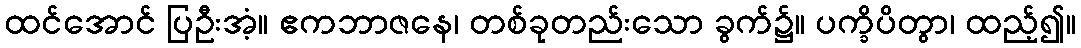
ထင်အောင် ပြဦးအံ့။ ဧကဘာဇနေ၊ တစ်ခုတည်းသော ခွက်၌။ ပက္ခိပိတွာ၊ ထည့်၍။